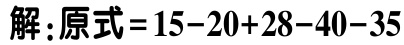
解：原式\(=15 - 20 + 28 - 40 - 35\)